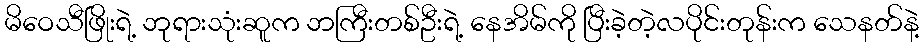
မိဝေသီဖြိုးရဲ့ ဘုရားသုံးဆူက ဘကြီးတစ်ဦးရဲ့ နေအိမ်ကို ပြီးခဲ့တဲ့လပိုင်းတုန်းက သေနတ်နဲ့